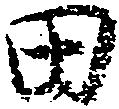
田